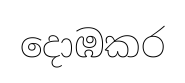
දොඹකර